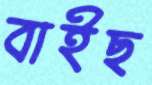
বাইছ